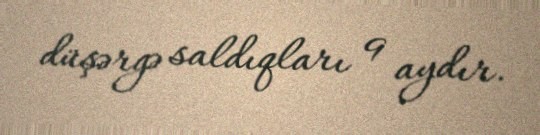
düşərgə saldıqları 9 aydır.